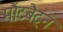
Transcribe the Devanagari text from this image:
मौंटबैट्न